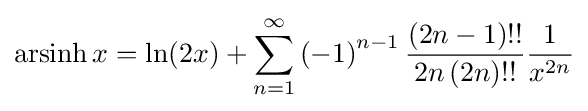
\operatorname {arsinh} x=\ln(2x)+\sum \limits _{n=1}^{\infty }{\left({-1}\right)^{n-1}{\frac {\left({2n-1}\right)!!}{2n\left({2n}\right)!!}}}{\frac {1}{x^{2n}}}